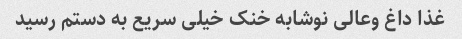
غذا داغ وعالی نوشابه خنک خیلی سریع به دستم رسید